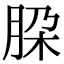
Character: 𬚹